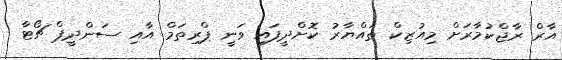
އާރް ރާޖްކުމާރަށް މިއުޒިކް ތައްޔާރު ކޮށްދީފައި ވަނީ ޕްރިތަމް އާއި ސަންދީޕް ޗޯޓާ